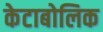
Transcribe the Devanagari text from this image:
केटाबोलिक